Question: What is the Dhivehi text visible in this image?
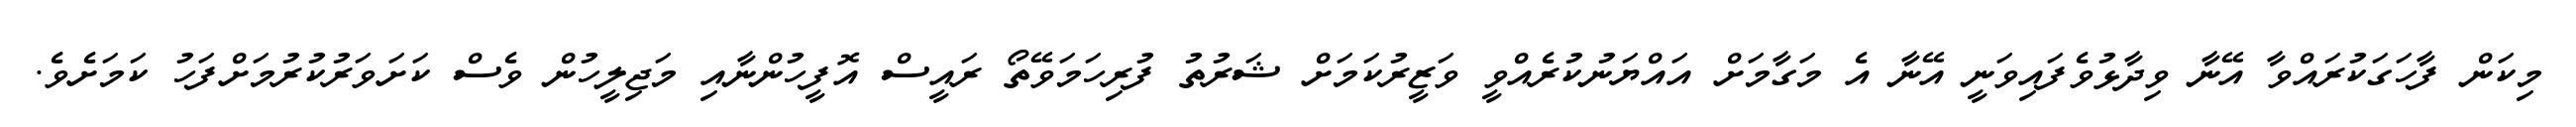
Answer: މިކަން ފާހަގަކުރައްވާ އޭނާ ވިދާޅުވެފައިވަނީ އޭނާ އެ މަގާމަށް އައްޔަނުކުރެއްވީ ވަޒީރުކަމަށް ޝަރުތު ފުރިހަމަވޭތޯ ރައީސް އޮފީހުންނާއި މަޖިލީހުން ވެސް ކަށަވަރުކުރުމަށްފަހު ކަމަށެވެ.